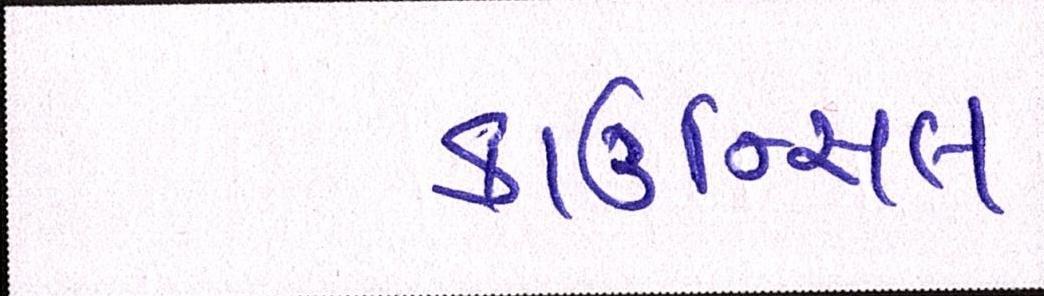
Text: કાઉન્સિલ